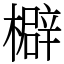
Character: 檘